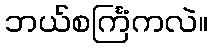
ဘယ်စင်္ကြံကလဲ။